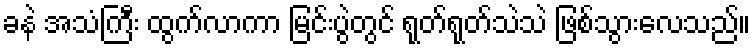
ခနဲ အသံကြီး ထွက်လာကာ မြင်းပွဲတွင် ရုတ်ရုတ်သဲသဲ ဖြစ်သွားလေသည်။